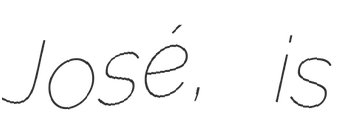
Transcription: José, is